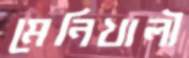
মেনিখালী